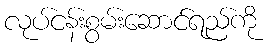
လုပ်ငန်းစွမ်းဆောင်ရည်ကို